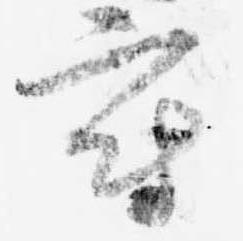
府